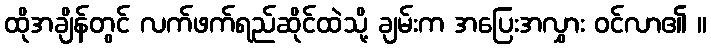
ထိုအချိန်တွင် လက်ဖက်ရည်ဆိုင်ထဲသို့ ချမ်းက အပြေးအလွှား ဝင်လာ၏ ။